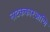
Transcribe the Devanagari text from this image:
नाटककारआणि